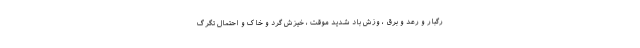
رگبار و رعد و برق ، وزش باد شدید موقت ، خیزش گرد و خاک و احتمال تگرگ